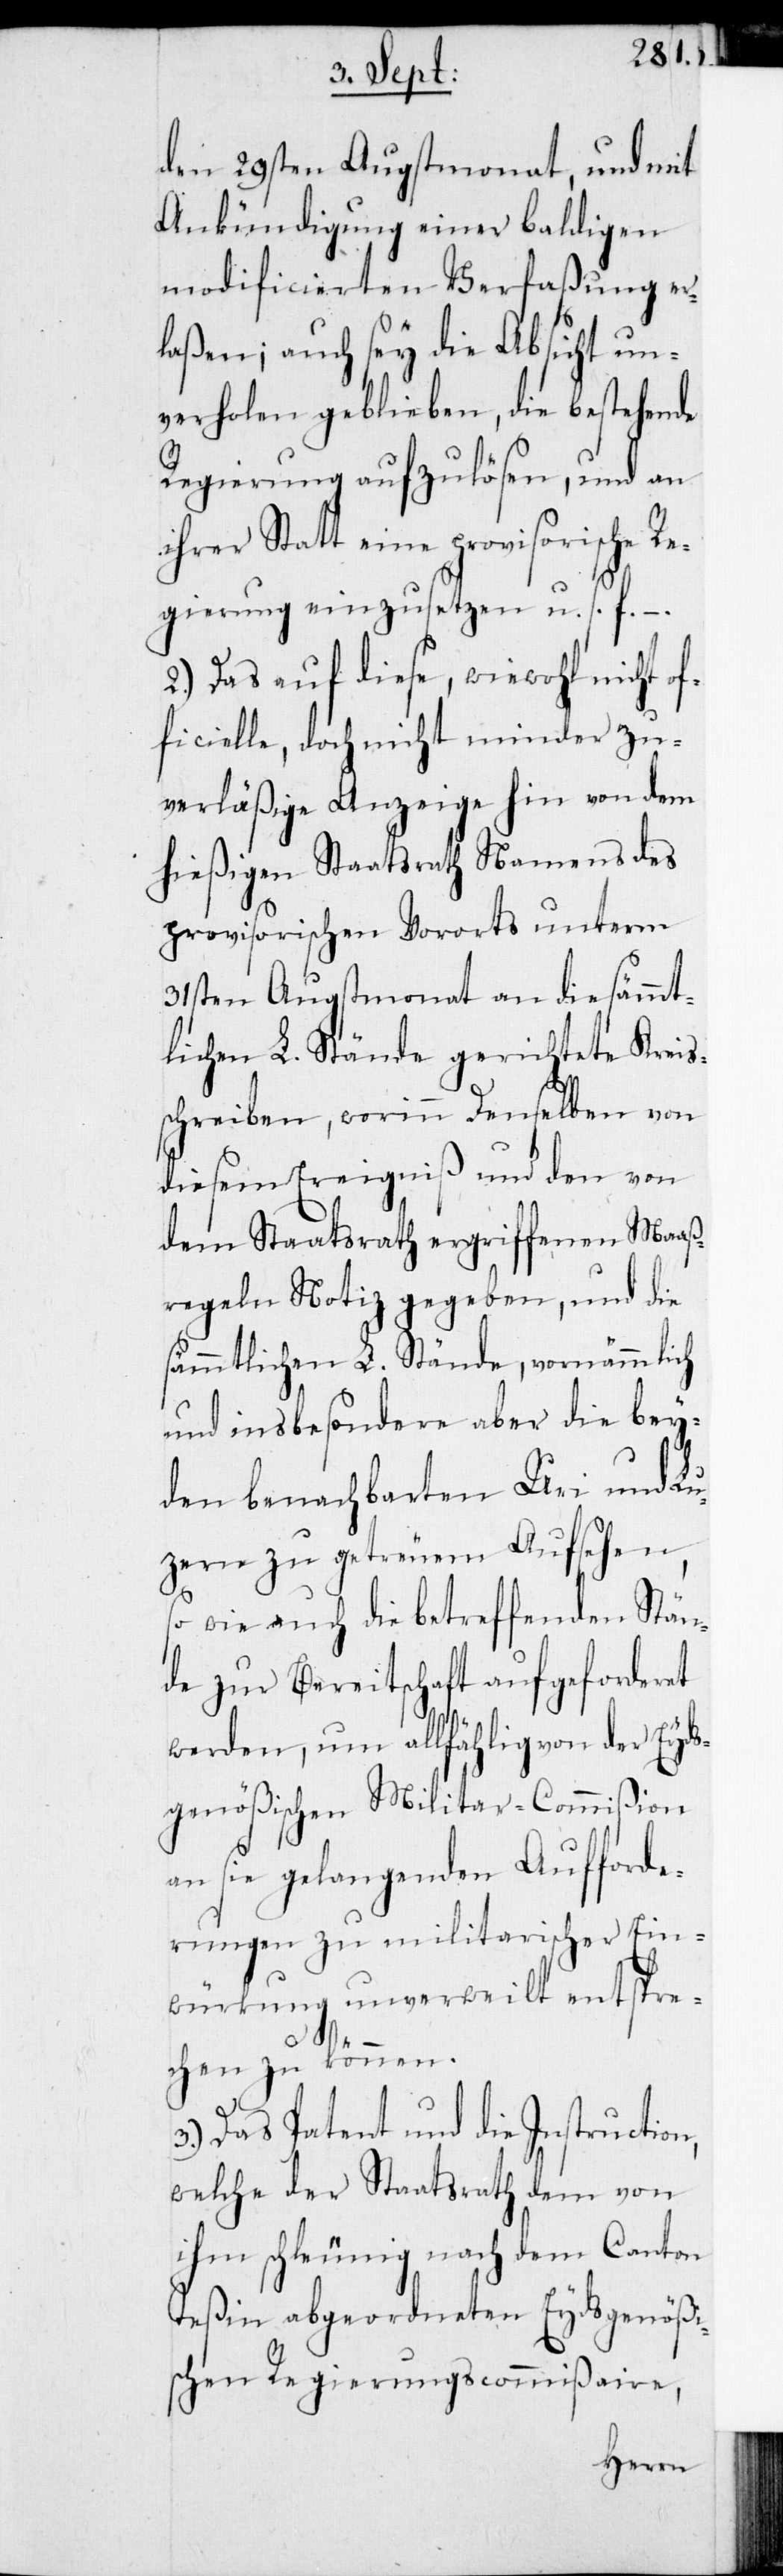
den 29sten Augstmonat, und mit
Ankündigung einer baldigen
modificierten Verfaßung er¬
laßen; auch sey die Absicht un¬
verhohlen geblieben, die bestehende
Regierung aufzulösen, und an
ihrer Statt eine provisorische Re¬
gierung einzusetzen u. s. f.
2.) Das auf diese, wiewohl nicht of¬
ficielle, doch nicht minder zu¬
verläßige Anzeige hin von dem
hießigen Staatsrath Namens des
provisorischen Vororts unterm
31sten Augstmonat an die sämmt¬
lichen L. Stände gerichtete Kreis¬
schreiben, worinn Denselben von
diesem Ereigniß und den von
dem Staatsrath ergriffenen Maaß¬
regeln Notiz gegeben, und die
sämmtlichen L. Stände, vornämmlich
und insbesondere aber die bey¬
den benachbarten Uri und Lu¬
zern zu getreuen Aufsehen,
so wie auch die betreffenden Stän¬
de zur Bereitschaft aufgeforderet
werden, um allfählig von der Eyds¬
genößischen Militar-Commißion
an sie gelangenden Aufforde¬
rungen zu militarischer Ein¬
würkung unverweilt entspre¬
chen zu können.
3.) Das Patent und die Instruction,
welche der Staatsrath dem von
ihm schleunig nach dem Canton
Teßin abgeordneten Eydsgenößi¬
schen Regierungscommißaire,